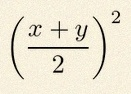
\left(\frac{x+y}{2}\right)^2